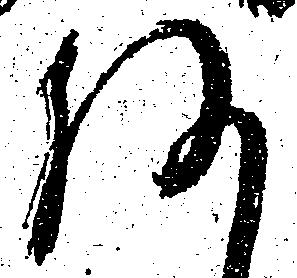
何